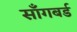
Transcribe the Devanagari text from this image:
साँगबर्ड